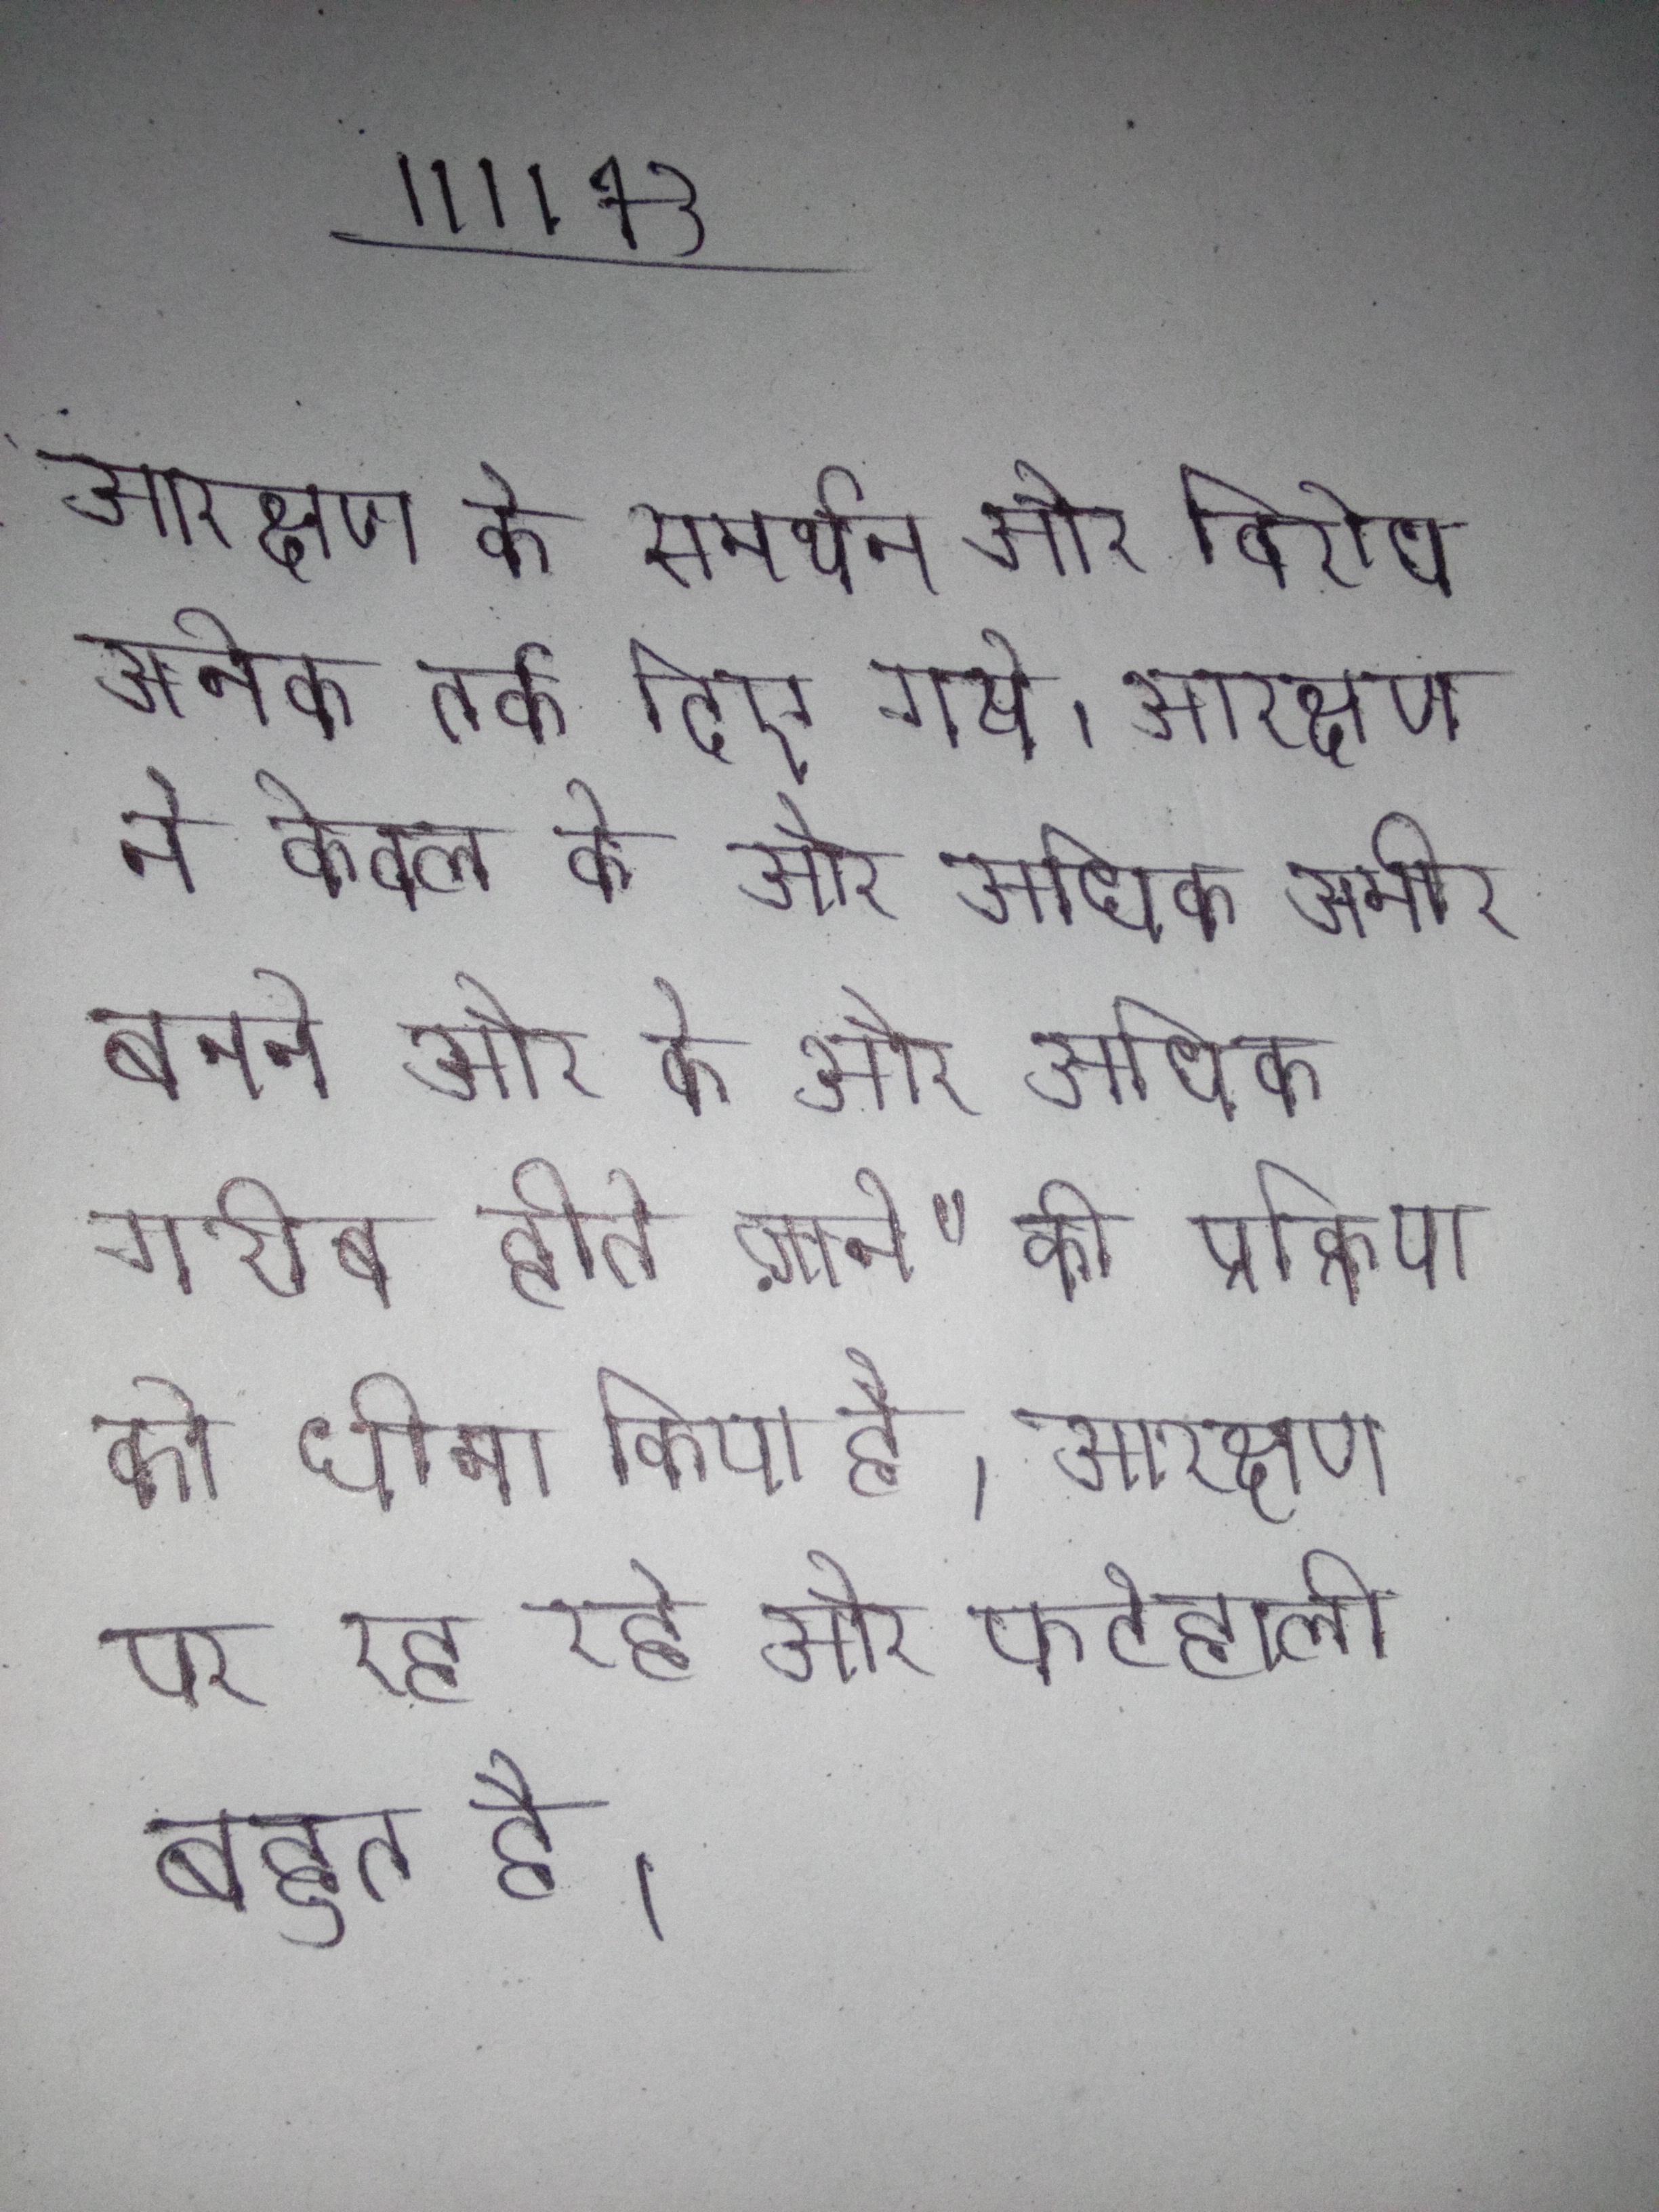
आरक्षण के समर्थन और विरोध अनेक तर्क दिए गये । आरक्षण ने केवल के और अधिक अमीर बनने और के और अधिक गरीब होते जाने" की प्रक्रिया को धीमा किया है । आरक्षण पर रह रहे और फटेहाली बहुत है ।